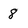
Character: 8